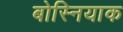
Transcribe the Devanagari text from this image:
बोस्नियाक